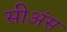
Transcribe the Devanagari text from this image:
सीअंस